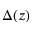
\Delta ( z )